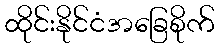
ထိုင်းနိုင်ငံအခြေစိုက်